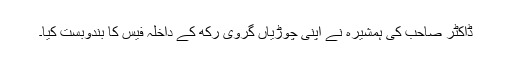
ڈاکٹر صاحب کی ہمشیرہ نے اپنی چوڑیاں گروی رکھ کے داخلہ فیس کا بندوبست کیا۔